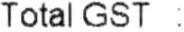
TOTAL GST :